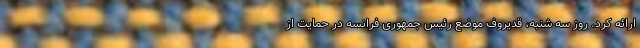
ارائه کرد. روز سه شنبه، قدیروف موضع رئیس جمهوری فرانسه در حمایت از